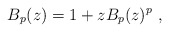
\begin{align*}B_p(z) = 1+ z B_p(z)^p \ ,\end{align*}